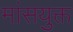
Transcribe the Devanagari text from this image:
मांसयुक्त